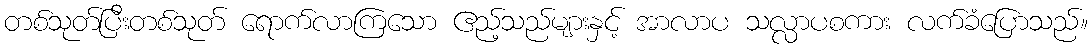
တစ်သုတ်ပြီးတစ်သုတ် ရောက်လာကြသော ဧည့်သည်များနှင့် အာလာပ သလ္လာပစကား လက်ခံပြောသည်။